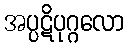
အပ္ပဋိပုဂ္ဂလော